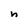
Character: n